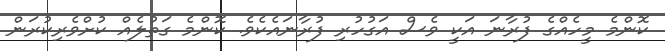
ކޮންމެ މީހެއްގެ ފުރާނަ އަކީ ވެސް އަގުހުރި ފުރާނައެކެވެ. ކޮންމެ ގަތުލެއް ކުށްވެރިކުރަން